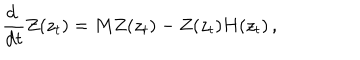
LaTeX: \displaystyle { \frac { \mathrm { d } ~ } { \mathrm { d } t } Z ( z _ { t } ) = M Z ( z _ { t } ) - Z ( z _ { t } ) H ( z _ { t } ) } \, ,